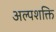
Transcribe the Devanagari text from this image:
अल्‍पशक्ति